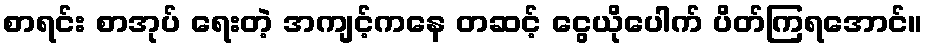
စာရင်း စာအုပ် ရေးတဲ့ အကျင့်ကနေ တဆင့် ငွေယိုပေါက် ပိတ်ကြရအောင်။